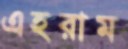
এহরাম